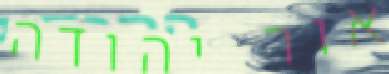
אור יהודה